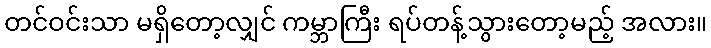
တင်ဝင်းသာ မရှိတော့လျှင် ကမ္ဘာကြီး ရပ်တန့်သွားတော့မည့် အလား။